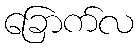
ခြောက်လ